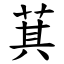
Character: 萁